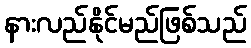
နားလည်နိုင်မည်ဖြစ်သည်